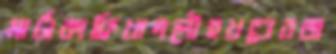
মার্টাকাফ্রিখাললৌহখণ্ডেরজ